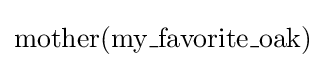
\mathrm {mother} (\mathrm {my\_favorite\_oak} )